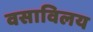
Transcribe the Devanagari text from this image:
वसाविलय